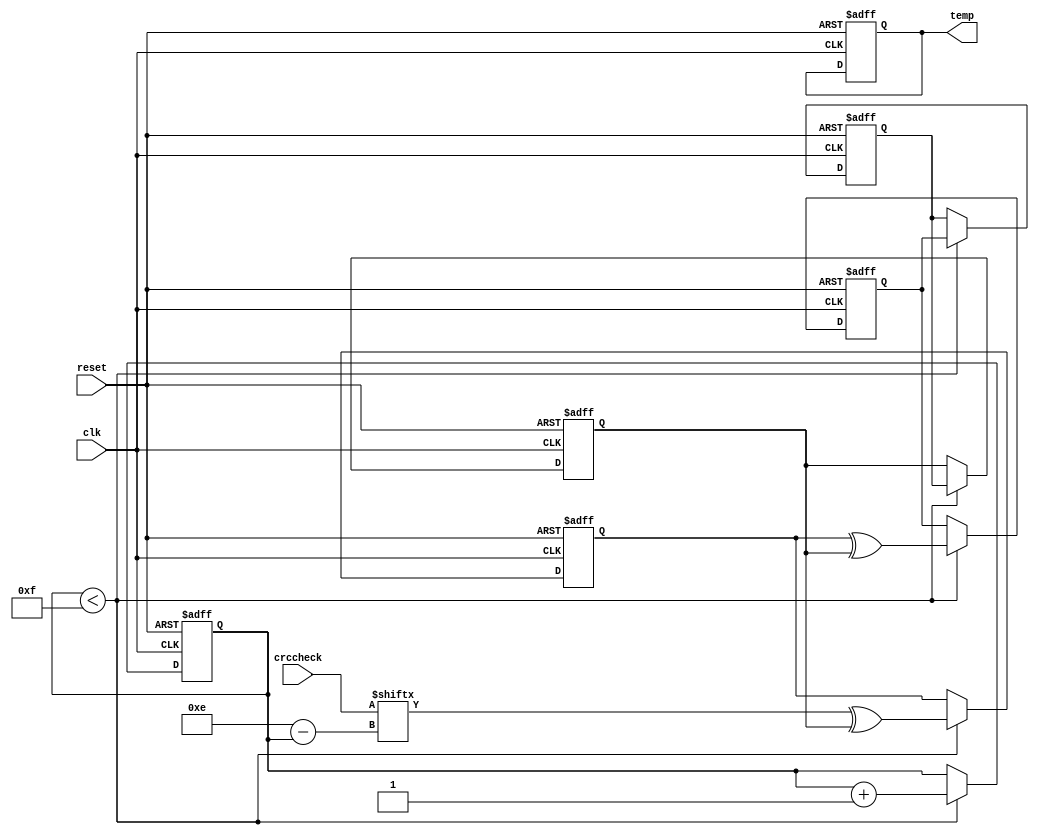
// CRC module: Computes a 4-bit CRC value
module Crc (
    input wire [14:0] crccheck,  // Data input for CRC computation
    input wire clk,              // Clock signal
    input wire reset,            // Reset signal
    output reg [3:0] temp        // CRC value output
);
    reg A, B, C, D;  // State registers for CRC computation
    reg [3:0] cnt;   // Counter to track the number of bits processed

    // Always block triggered on positive edge of clk or reset
    always @(posedge clk or posedge reset) begin
        if (reset) begin
            A <= 0;
            B <= 0;
            C <= 0;
            D <= 0;
            cnt <= 0;
            temp <= 4'b0000;  // Reset CRC value
        end else if (cnt < 15) begin
            // Process each bit
            D <= C;
            C <= B;
            B <= A ^ D;
            A <= crccheck[14 - cnt] ^ D;
            cnt <= cnt + 1;
        end
    end

    // Always block to form the CRC value
    always @* begin
        temp = {D, C, B, A};  // Concatenate A, B, C, and D to form the 4-bit CRC value
    end
endmodule